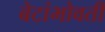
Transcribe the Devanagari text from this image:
बेटांभोवती